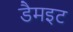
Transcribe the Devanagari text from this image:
डैमइट